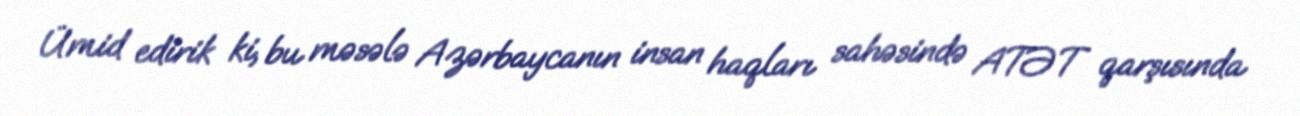
Ümid edirik ki, bu məsələ Azərbaycanın insan haqları sahəsində ATƏT qarşısında